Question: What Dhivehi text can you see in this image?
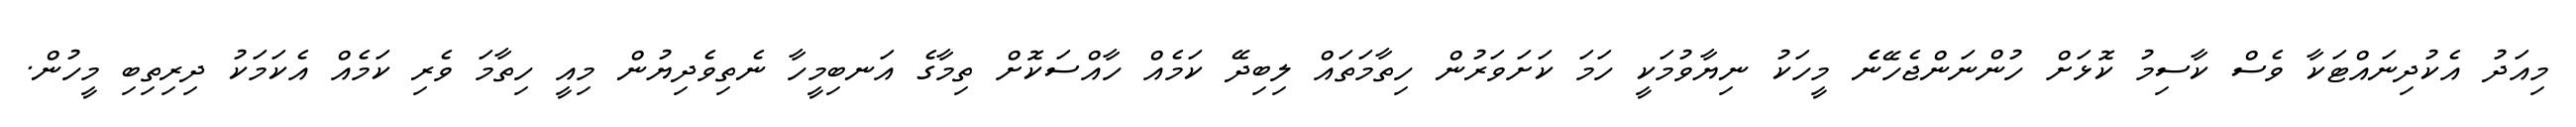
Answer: މިއަދު އެކުދިނައްޓަކާ ވެސް ކާސިމު ކޮޅަށް ހުންނަންޖެހޭނެެ މީހަކު ނިޔާވުމަކީ ހަމަ ކަށަވަރުން ހިތާމަތައް ލިބިދޭ ކަމެއް ހާއްސަކޮށް ތިމާގެ އަނބިމީހާ ނެތިވެދިޔުން މިއީ ހިތާމަ ވެރި ކަމެއް އެކަމަކު ދިރިތިބި މީހުން.